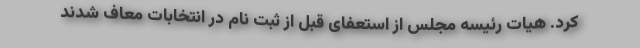
کرد. هیات رئیسه مجلس از استعفای قبل از ثبت نام در انتخابات معاف شدند